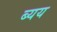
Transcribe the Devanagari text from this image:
ब्यय